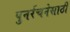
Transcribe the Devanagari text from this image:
पुनर्रचनेसाठी